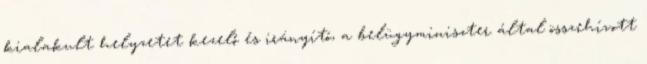
kialakult helyzetet kezelő és irányító, a belügyminiszter által összehívott